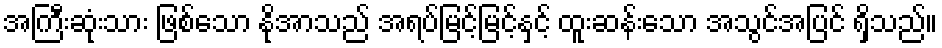
အကြီးဆုံးသား ဖြစ်သော နိုအာသည် အရပ်မြင့်မြင့်နှင့် ထူးဆန်းသော အသွင်အပြင် ရှိသည်။